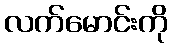
လက်မောင်းကို